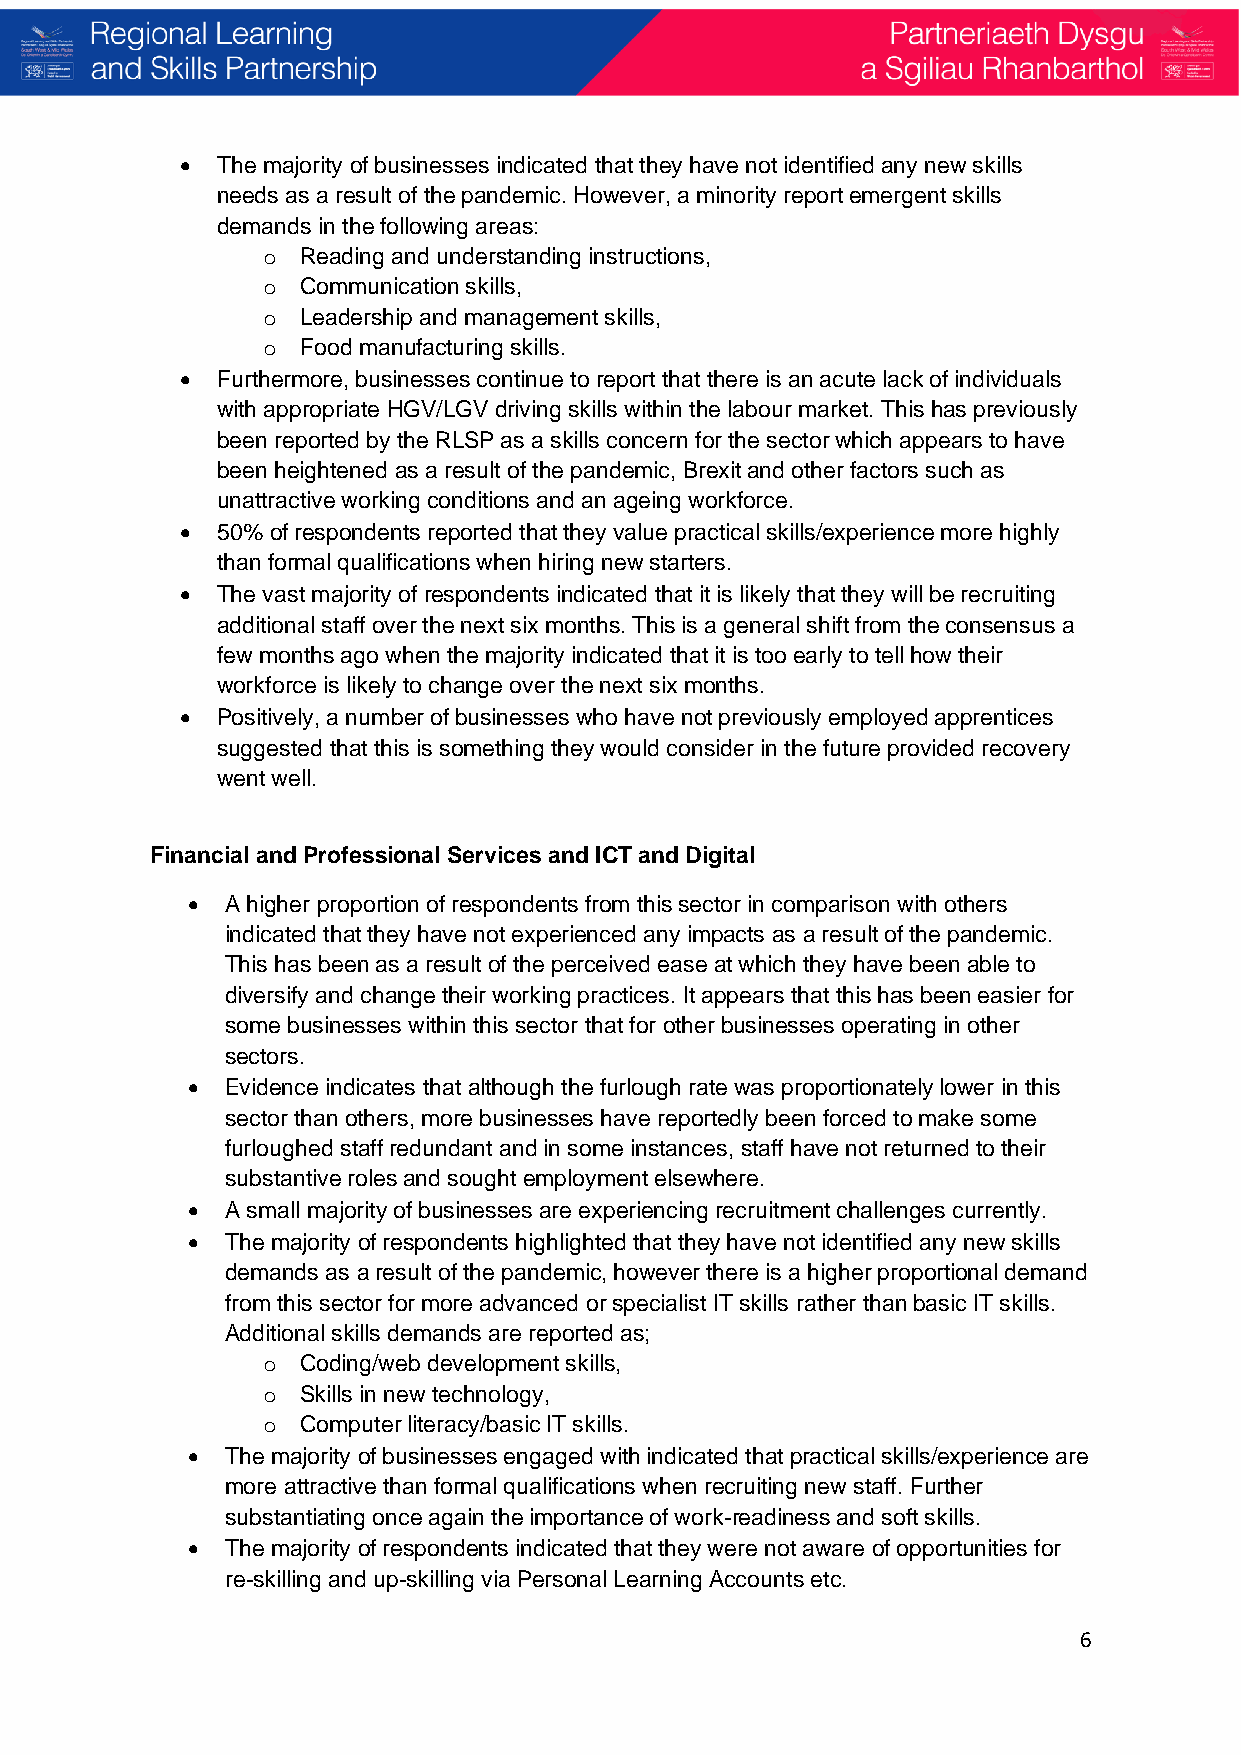
• The majority of businesses indicated that they have not identified any new skills
 needs as a result of the pandemic. However, a minority report emergent skills
 demands in the following areas:
 o  Reading and understanding instructions,
 o  Communication skills,
 o  Leadership and management skills,
 o  Food manufacturing skills.
 • Furthermore, businesses continue to report that there is an acute lack of individuals
 with appropriate HGV/LGV driving skills within the labour market. This has previously
 been reported by the RLSP as a skills concern for the sector which appears to have
 been heightened as a result of the pandemic, Brexit and other factors such as
 unattractive working conditions and an ageing workforce.
 • 50% of respondents reported that they value practical skills/experience more highly
 than formal qualifications when hiring new starters.
 • The vast majority of respondents indicated that it is likely that they will be recruiting
 additional staff over the next six months. This is a general shift from the consensus a
 few months ago when the majority indicated that it is too early to tell how their
 workforce is likely to change over the next six months.
 • Positively, a number of businesses who have not previously employed apprentices
 suggested that this is something they would consider in the future provided recovery
 went well.
 Financial and Professional Services and ICT and Digital
 •  A higher proportion of respondents from this sector in comparison with others
 indicated that they have not experienced any impacts as a result of the pandemic.
 This has been as a result of the perceived ease at which they have been able to
 diversify and change their working practices. It appears that this has been easier for
 some businesses within this sector that for other businesses operating in other
 sectors.
 •  Evidence indicates that although the furlough rate was proportionately lower in this
 sector than others, more businesses have reportedly been forced to make some
 furloughed staff redundant and in some instances, staff have not returned to their
 substantive roles and sought employment elsewhere.
 •  A small majority of businesses are experiencing recruitment challenges currently.
 •  The majority of respondents highlighted that they have not identified any new skills
 demands as a result of the pandemic, however there is a higher proportional demand
 from this sector for more advanced or specialist IT skills rather than basic IT skills.
 Additional skills demands are reported as;
 o  Coding/web development skills,
 o  Skills in new technology,
 o  Computer literacy/basic IT skills.
 •  The majority of businesses engaged with indicated that practical skills/experience are
 more attractive than formal qualifications when recruiting new staff. Further
 substantiating once again the importance of work-readiness and soft skills.
 •  The majority of respondents indicated that they were not aware of opportunities for
 re-skilling and up-skilling via Personal Learning Accounts etc.
 6